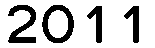
2011